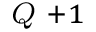
^ { \textit { Q } + 1 }